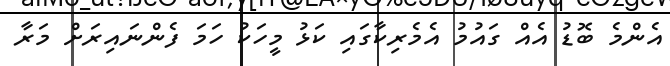
އެންމެ ބޮޑު އެއް ގައުމު އެމެރިކާގައި ކަޅު މީހަކު ހަމަ ފެންނައިރަށް މަރާ